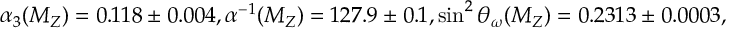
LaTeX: \alpha _ { 3 } ( M _ { Z } ) = 0 . 1 1 8 \pm 0 . 0 0 4 , \alpha ^ { - 1 } ( M _ { Z } ) = 1 2 7 . 9 \pm 0 . 1 , \sin ^ { 2 } \theta _ { \omega } ( M _ { Z } ) = 0 . 2 3 1 3 \pm 0 . 0 0 0 3 ,